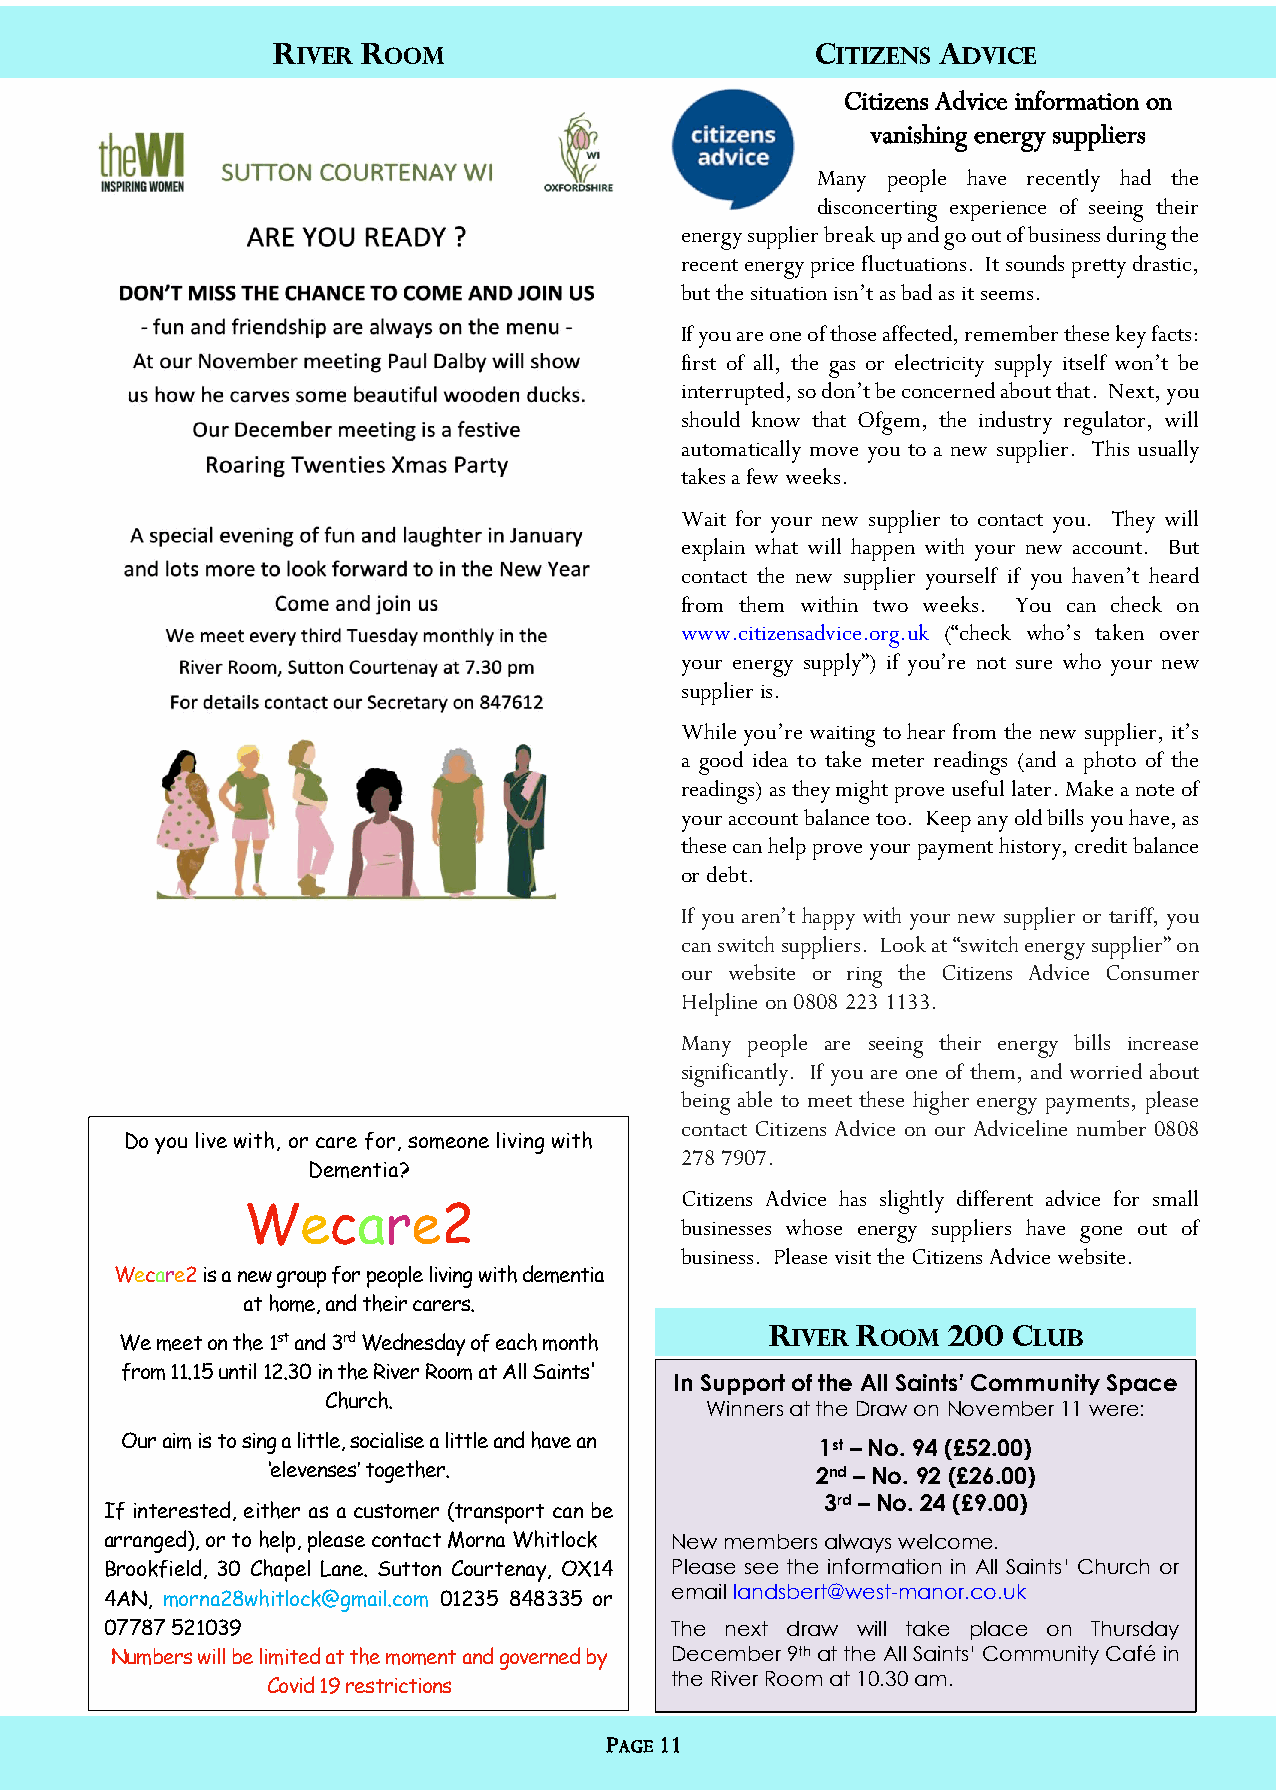
RIVER ROOM                          CITIZENS ADVICE
 Citizens Advice information on
 vanishing energy suppliers
 Many people have recently had the
 disconcerting experience of seeing their
 energy supplier break up and go out of business during the
 recent energy price fluctuations. It sounds pretty drastic,
 but the situation isn’t as bad as it seems.
 If you are one of those affected, remember these key facts:
 first of all, the gas or electricity supply itself won’t be
 interrupted, so don’t be concerned about that. Next, you
 should know that Ofgem, the industry regulator, will
 automatically move you to a new supplier. This usually
 takes a few weeks.
 Wait for your new supplier to contact you. They will
 explain what will happen with your new account. But
 contact the new supplier yourself if you haven’t heard
 from them within two weeks. You can check on
 www.citizensadvice.org.uk (“check who’s taken over
 your energy supply”) if you’re not sure who your new
 supplier is.
 While you’re waiting to hear from the new supplier, it’s
 a good idea to take meter readings (and a photo of the
 readings) as they might prove useful later. Make a note of
 your account balance too. Keep any old bills you have, as
 these can help prove your payment history, credit balance
 or debt.
 If you aren’t happy with your new supplier or tariff, you
 can switch suppliers. Look at “switch energy supplier” on
 our website or ring the Citizens Advice Consumer
 Helpline on 0808 223 1133.
 Many people are seeing their energy bills increase
 significantly. If you are one of them, and worried about
 being able to meet these higher energy payments, please
 contact Citizens Advice on our Adviceline number 0808
 Do you live with, or care for, someone living with
 278 7907.
 Dementia?
 Citizens Advice has slightly different advice for small
 Wecare2
 businesses whose energy suppliers have gone out of
 business. Please visit the Citizens Advice website.
 Wecare2 is a new group for people living with dementia
 at home, and their carers.
 RIVER ROOM  200 CLUB
 We meet on the 1st and 3rd Wednesday of each month
 from 11.15 until 12.30 in the River Room at All Saints'
 In Support of the All Saints’ Community Space
 Church.                  Winners at the Draw on November 11 were:
 Our aim is to sing a little, socialise a little and have an 1st – No. 94 (£52.00)
 ‘elevenses’ together.               2nd – No. 92 (£26.00)
 3rd – No. 24 (£9.00)
 If interested, either as a customer (transport can be
 arranged), or to help, please contact Morna Whitlock New members always welcome.
 Brookfield, 30 Chapel Lane. Sutton Courtenay, OX14 Please see the information in All Saints’ Church or
 email landsbert@west-manor.co.uk
 4AN, morna28whitlock@gmail.com 01235 848335 or
 07787 521039                         The next draw will take place on Thursday
 Numbers will be limited at the moment and governed by December 9th at the All Saints’ Community Café in
 the River Room at 10.30 am.
 Covid 19 restrictions
 PAGE 11